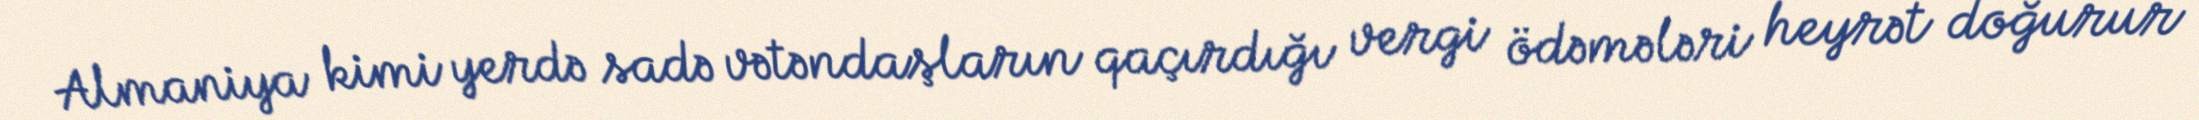
Almaniya kimi yerdə sadə vətəndaşların qaçırdığı vergi ödəmələri heyrət doğurur